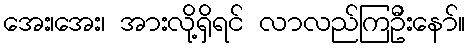
အေး၊အေး၊ အားလို့ရှိရင် လာလည်ကြဦးနော်။